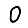
Digit: 0